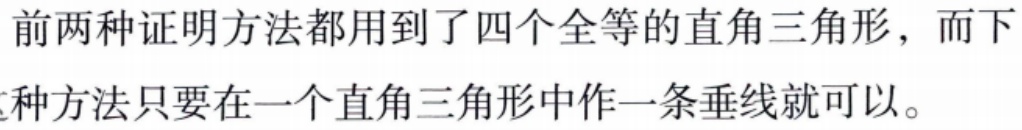
前两种证明方法都用到了四个全等的直角三角形，而下
种方法只要在一个直角三角形中作一条垂线就可以。